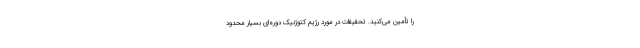
را تأمین می‌کنید. تحقیقات در مورد رژیم کتوژنیک دوره‌ای بسیار محدود